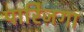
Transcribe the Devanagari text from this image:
पारिज़गा